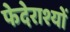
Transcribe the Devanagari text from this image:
फेदेराश्यों